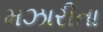
મઝારીતા